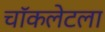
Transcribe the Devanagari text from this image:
चॉकलेटला